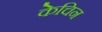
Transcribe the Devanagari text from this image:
केचिन